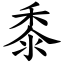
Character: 黍